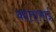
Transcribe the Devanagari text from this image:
कांताभाई